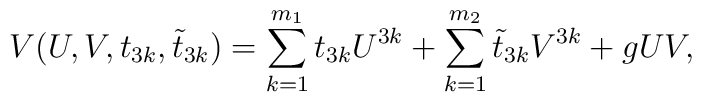
V(U,V,t_{3k},\tilde{t}_{3k})=\sum_{k=1}^{m_{1}}t_{3k}U^{3k}+\sum_{k=1}^{m_{2}}\tilde{t}_{3k}V^{3k}+gUV,